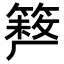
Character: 𥲪